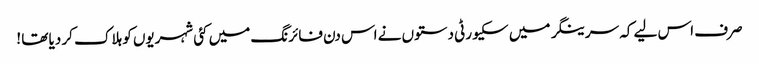
صرف اس لیے کہ سرینگر میں سکیورٹی دستوں نے اس دن فائرنگ میں کئی شہریوں کو ہلاک کر دیا تھا !